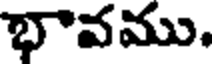
భావము.